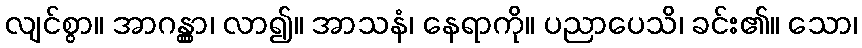
လျင်စွာ။ အာဂန္တွာ၊ လာ၍။ အာသနံ၊ နေရာကို။ ပညာပေသိ၊ ခင်း၏။ သော၊